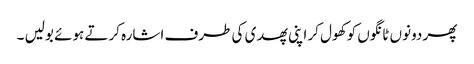
پھر دونوں ٹانگوں کو کھول کر اپنی پھدی کی طرف اشارہ کرتے ہوئے بولیں ۔